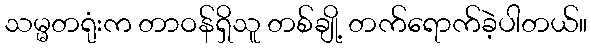
သမ္မတရုံးက တာဝန်ရှိသူ တစ်ချို့ တက်ရောက်ခဲ့ပါတယ်။